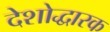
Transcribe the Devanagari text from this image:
देशोद्धारक